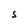
Character: S